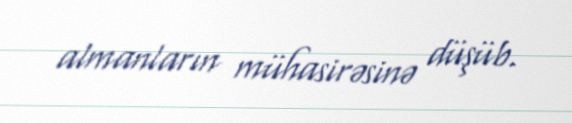
almanların mühasirəsinə düşüb.